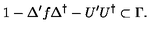
1 - \Delta ^ { \prime } f \Delta ^ { \dag } - U ^ { \prime } U ^ { \dag } \subset \Gamma .